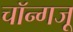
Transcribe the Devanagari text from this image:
चॉन्गजू